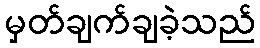
မှတ်ချက်ချခဲ့သည်